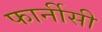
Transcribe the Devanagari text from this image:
फार्नीसी